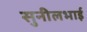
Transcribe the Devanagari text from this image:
सुनीलभाई